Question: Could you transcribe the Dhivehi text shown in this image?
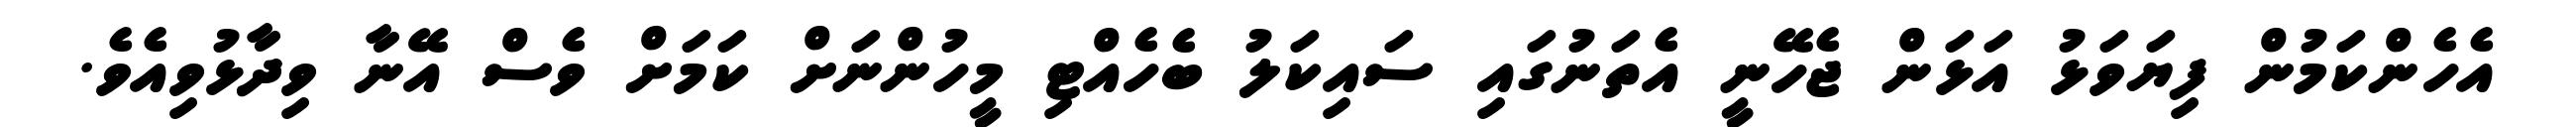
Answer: އެހެންކަމުން ފިޔަވަޅު އަޅަން ޖެހޭނީ އެތަނުގައި ސައިކަލު ބެހެއްޓި މީހުންނަށް ކަމަށް ވެސް އޭނާ ވިދާޅުވިއެވެ.